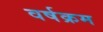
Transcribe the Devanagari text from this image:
वर्षक्रम